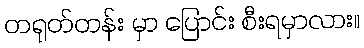
တရုတ်တန်း မှာ ပြောင်း စီးရမှာလား။